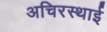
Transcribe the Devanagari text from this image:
अचिरस्थाई